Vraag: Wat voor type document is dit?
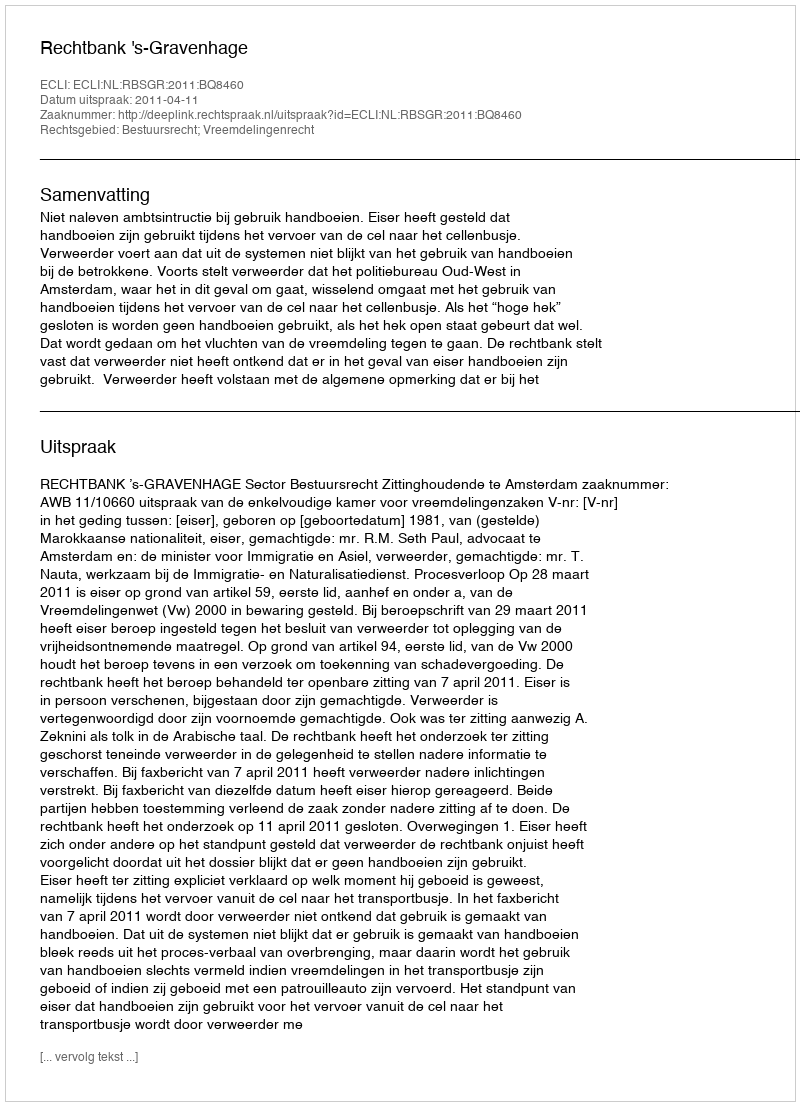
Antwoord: Uitspraak